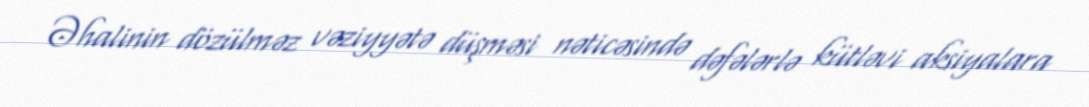
Əhalinin dözülməz vəziyyətə düşməsi nəticəsində dəfələrlə kütləvi aksiyalara